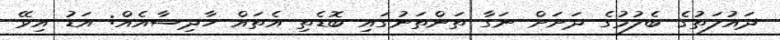
ދައުލަތުގެ ބެލުމުގެ ދަށަށް ނަގާ ތަންތަނުގައި ބޮޑެތި އެތައް ހާދިސާއެއް: އަޑު އިވޭ